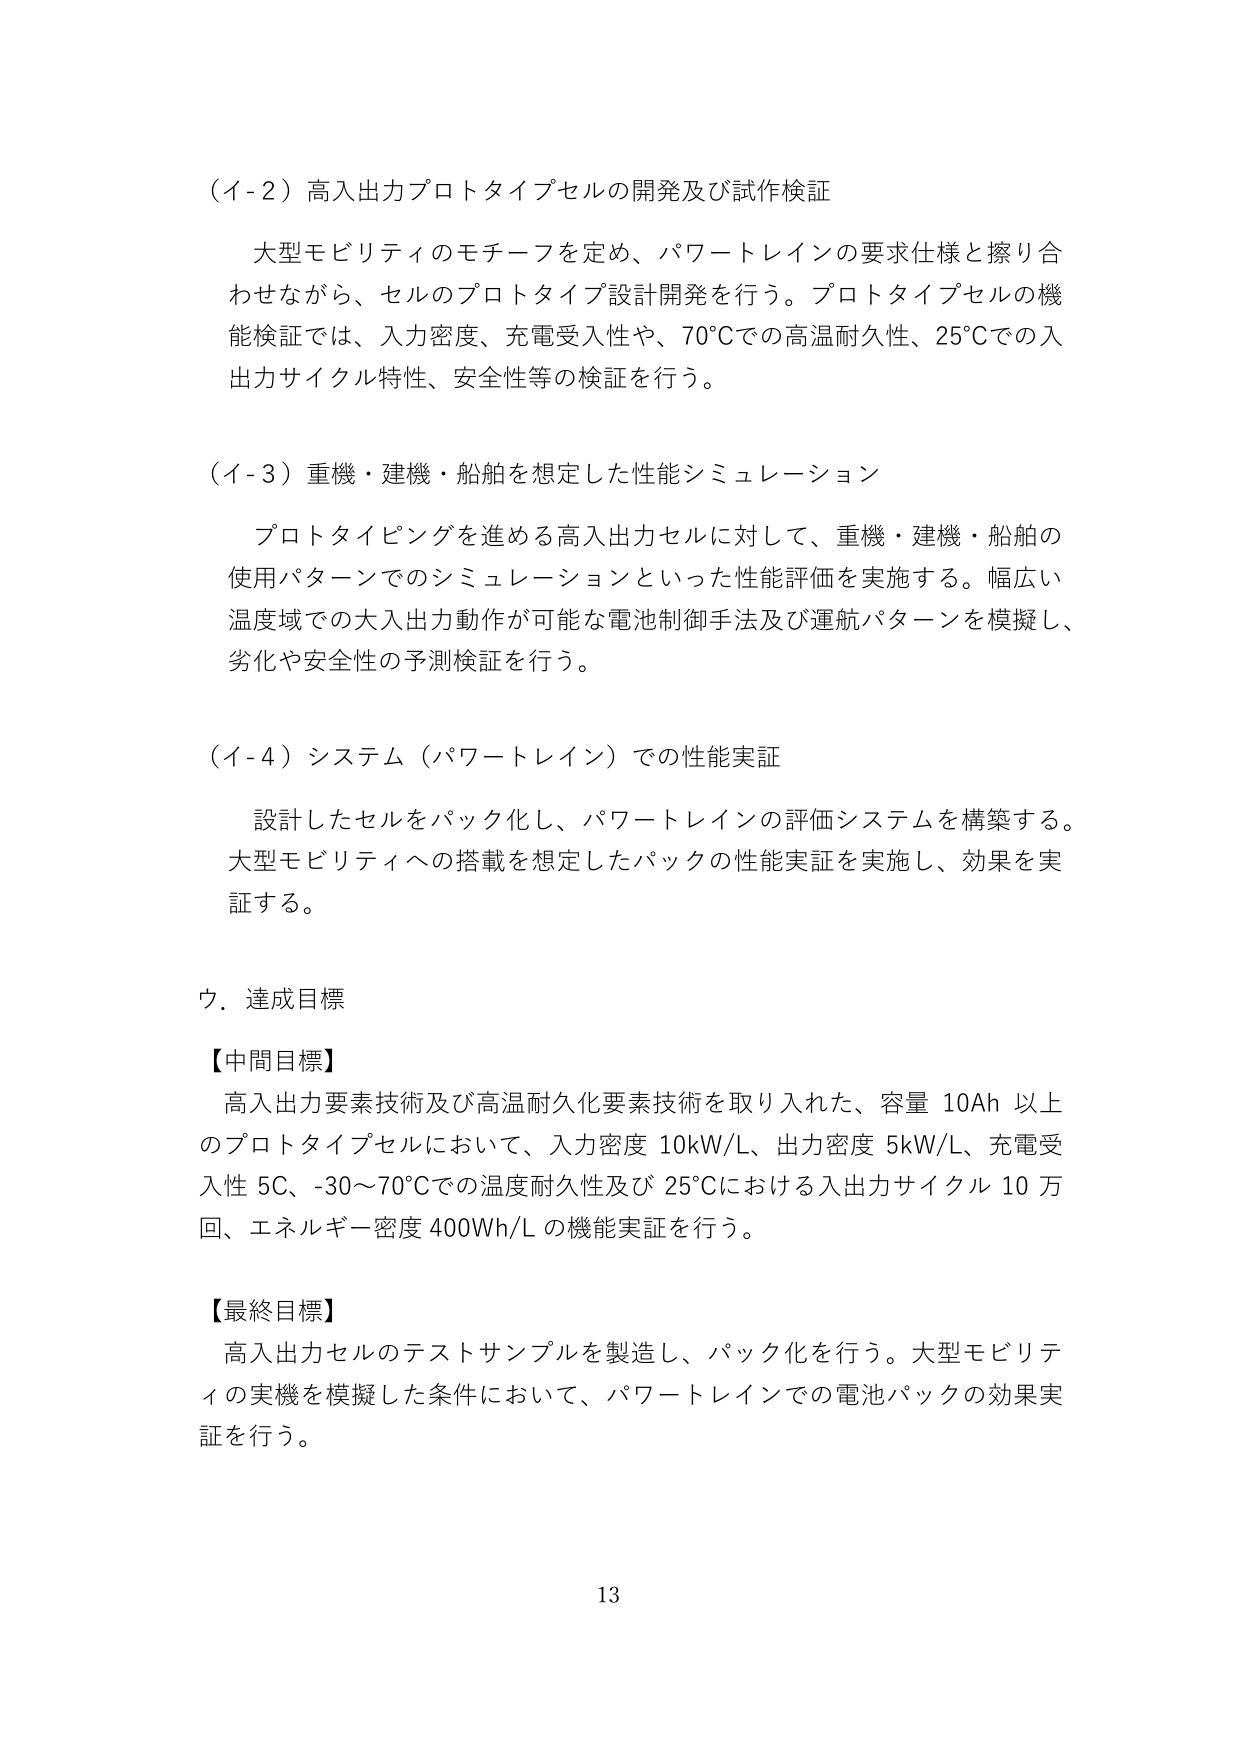
（イ-2）高入出力プロトタイプセルの開発及び試作検証

大型モビリティのモチーフを定め、パワートレインの要求仕様と擦り合わせながら、セルのプロトタイプ設計開発を行う。プロトタイプセルの機能検証では、入力密度、充電受入性や、70℃での高温耐久性、25℃での入出力サイクル特性、安全性等の検証を行う。

（イ-3）重機・建機・船舶を想定した性能シミュレーション

プロトタイピングを進める高入出力セルに対して、重機・建機・船舶の使用パターンでのシミュレーションといった性能評価を実施する。幅広い温度域での大入出力動作が可能な電池制御手法及び運航パターンを模擬し、劣化や安全性の予測検証を行う。

（イ-4）システム（パワートレイン）での性能実証

設計したセルをパック化し、パワートレインの評価システムを構築する。大型モビリティへの搭載を想定したパックの性能実証を実施し、効果を実証する。

ウ．達成目標

【中間目標】
高入出力要素技術及び高温耐久化要素技術を取り入れた、容量 10Ah 以上のプロトタイプセルにおいて、入力密度 10kW/L、出力密度 5kW/L、充電受入性 5C、-30～70℃での温度耐久性及び 25℃における入出力サイクル 10 万回、エネルギー密度 400Wh/L の機能実証を行う。

【最終目標】
高入出力セルのテストサンプルを製造し、パック化を行う。大型モビリティの実機を模擬した条件において、パワートレインでの電池パックの効果実証を行う。

13